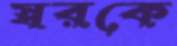
স্বরকে